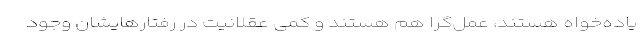
یاده‌خواه هستند، عمل‌گرا هم هستند و کمی عقلانیت در رفتارهایشان وجود